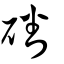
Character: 磻